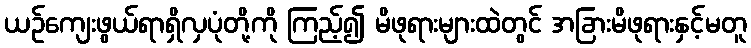
ယဉ်ကျေးဖွယ်ရာရှိလှပုံတို့ကို ကြည့်၍ မိဖုရားများထဲတွင် အခြားမိဖုရားနှင့်မတူ